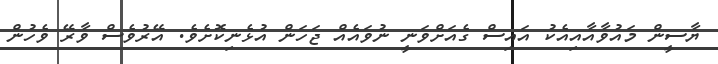
ޔާސީން މައުވާއާއިއެކު އައިސް ގެއަށްވަނީ ނުވައެއް ޖަހަން އުޅެނިކޮށެވެ. އޭރުވެސް ވާރޭ ވެހުން